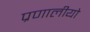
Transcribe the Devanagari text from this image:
प्रणालीयो